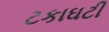
ટકાઘટી